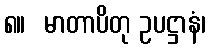
၈။  မာတာပိတု ဥပဋ္ဌာနံ၊